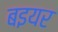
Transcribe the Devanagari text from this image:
बइयर